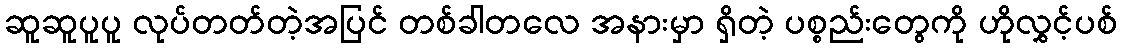
ဆူဆူပူပူ လုပ်တတ်တဲ့အပြင် တစ်ခါတလေ အနားမှာ ရှိတဲ့ ပစ္စည်းတွေကို ဟိုလွှင့်ပစ်